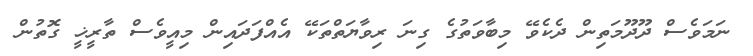
ނަމަވެސް ދޫދޫމަތިން ދެކެވޭ މިބާވަތުގެ ގިނަ ރިވާޔަތްތަކޭ އެއްފަދައިން މިއީވެސް ތާރީޚީ ގޮތުން